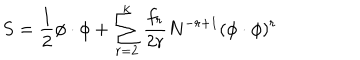
S = \frac 1 2 \phi \cdot \phi + \sum _ { r = 2 } ^ { k } \frac { f _ { r } } { 2 r } N ^ { - r + 1 } ( \phi \cdot \phi ) ^ { r }